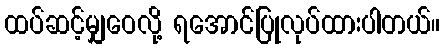
ထပ်ဆင့်မျှဝေလို့ ရအောင်ပြုလုပ်ထားပါတယ်။